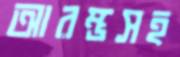
আরম্ভসহ